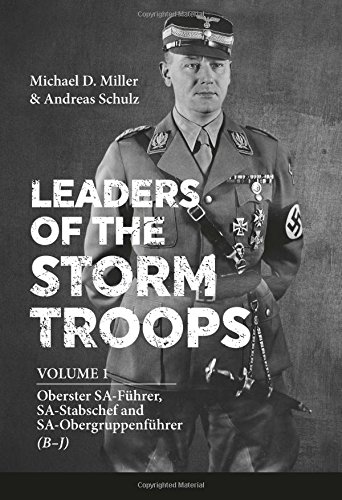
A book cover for Leaders of the Storm Troops: Volume 1 Oberster SA-FÃ¼hrer, SA-Stabschef and SA-ObergruppenfÃ¼hrer (B - J); Michael D. Miller; Biographies & Memoirs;